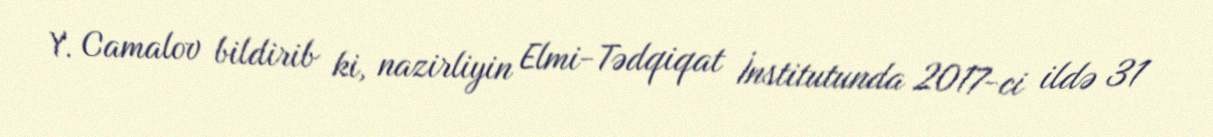
Y. Camalov bildirib ki, nazirliyin Elmi-Tədqiqat İnstitutunda 2017-ci ildə 31